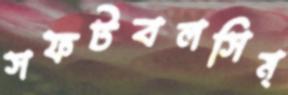
সফটবলসিম্